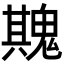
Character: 𮫡